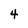
Character: 4